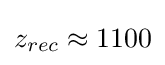
z_{rec}\approx 1100